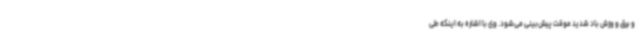
و برق و وزش باد شدید موقت پیش‌بینی می‌شود. وی با اشاره به اینکه طی